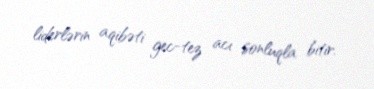
liderlərin aqibəti gec-tez acı sonluqla bitir.